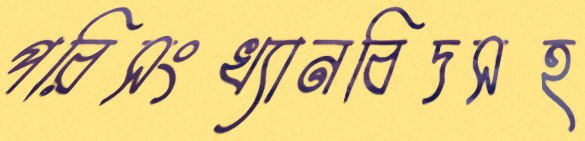
পরিসংখ্যানবিদসহ